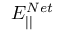
E _ { | | } ^ { N e t }